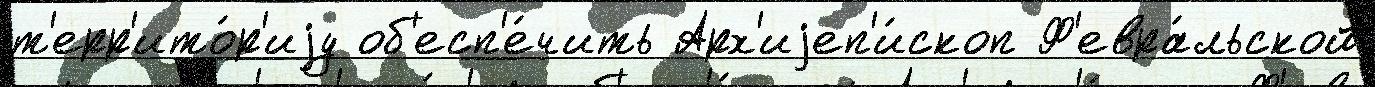
т'ерр'ито́р'иjу об'есп'е́чить Арх'иjеп'и́скоп Ф'евра́льской